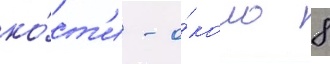
ко́ст'и - о́коло 8